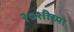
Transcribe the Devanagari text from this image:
२०शीच्या